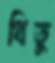
থিতু